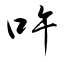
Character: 吘